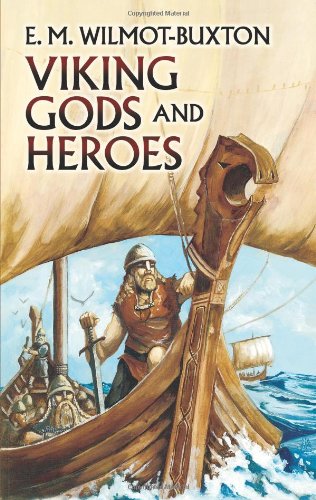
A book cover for Viking Gods and Heroes; E. M. Wilmot-Buxton; Children's Books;